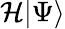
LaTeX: {\mathcal{H}}|\Psi\rangle